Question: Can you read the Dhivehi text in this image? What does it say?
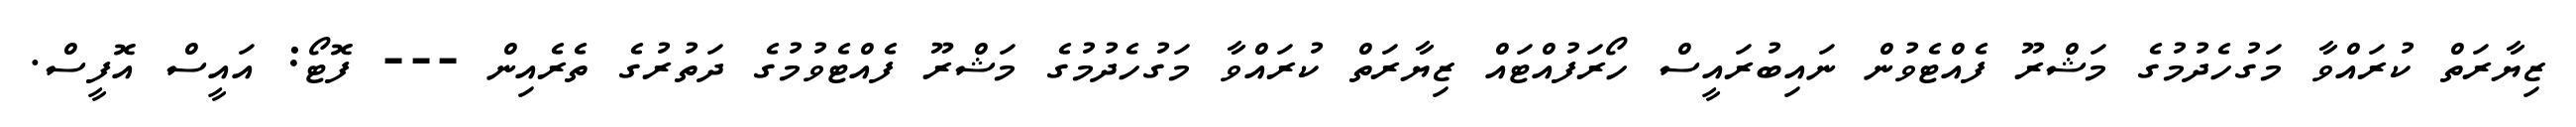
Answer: ޒިޔާރަތް ކުރައްވާ މަގުހެދުމުގެ މަޝްރޫ ފެއްޓެވުން ނައިބުރައީސް ހޯރަފުއްޓައް ޒިޔާރަތް ކުރައްވާ މަގުހެދުމުގެ މަޝްރޫ ފެއްޓެވުމުގެ ދަތުރުގެ ތެރެއިން --- ފޮޓޯ: އައީސް އޮފީސް.